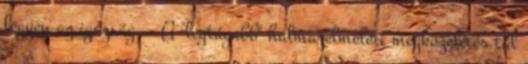
legyen az igazság. - A "legtágabb" halmazelméleti megközelítés túl